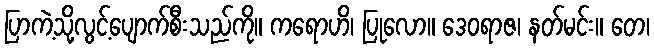
ပြာကဲ့သို့လွင့်ပျောက်စီးသည်ကို။ ကရောဟိ၊ ပြုလော။ ဒေဝရာဇ၊ နတ်မင်း။ တေ၊